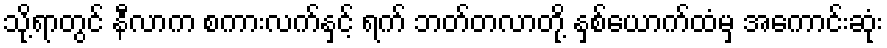
သို့ရာတွင် နီလာက စကားလက်နှင့် ရက် ဘတ်တလာတို့ နှစ်ယောက်ထံမှ အကောင်းဆုံး